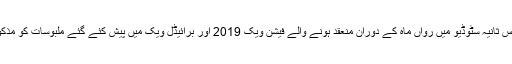
ڈیزائنر کا مزید کہنا تھا کہ شو کیس ثانیہ سٹوڈیو میں رواں ماہ کے دوران منعقد ہونے والے فیشن ویک 2019 اور برائیڈل ویک میں پیش کئے گئے ملبوسات کو مذکورہ سٹور کی زینت بنایا جائے گا۔